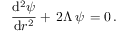
\frac { \mathrm { d } ^ { 2 } \psi } { \mathrm { d } r ^ { 2 } } + \, 2 \Lambda \, \psi \, = 0 \, .